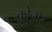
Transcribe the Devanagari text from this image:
क्रोनार